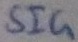
Text: SIG